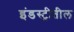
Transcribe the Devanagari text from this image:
इंडस्ट्रीतील